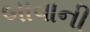
બાવાની